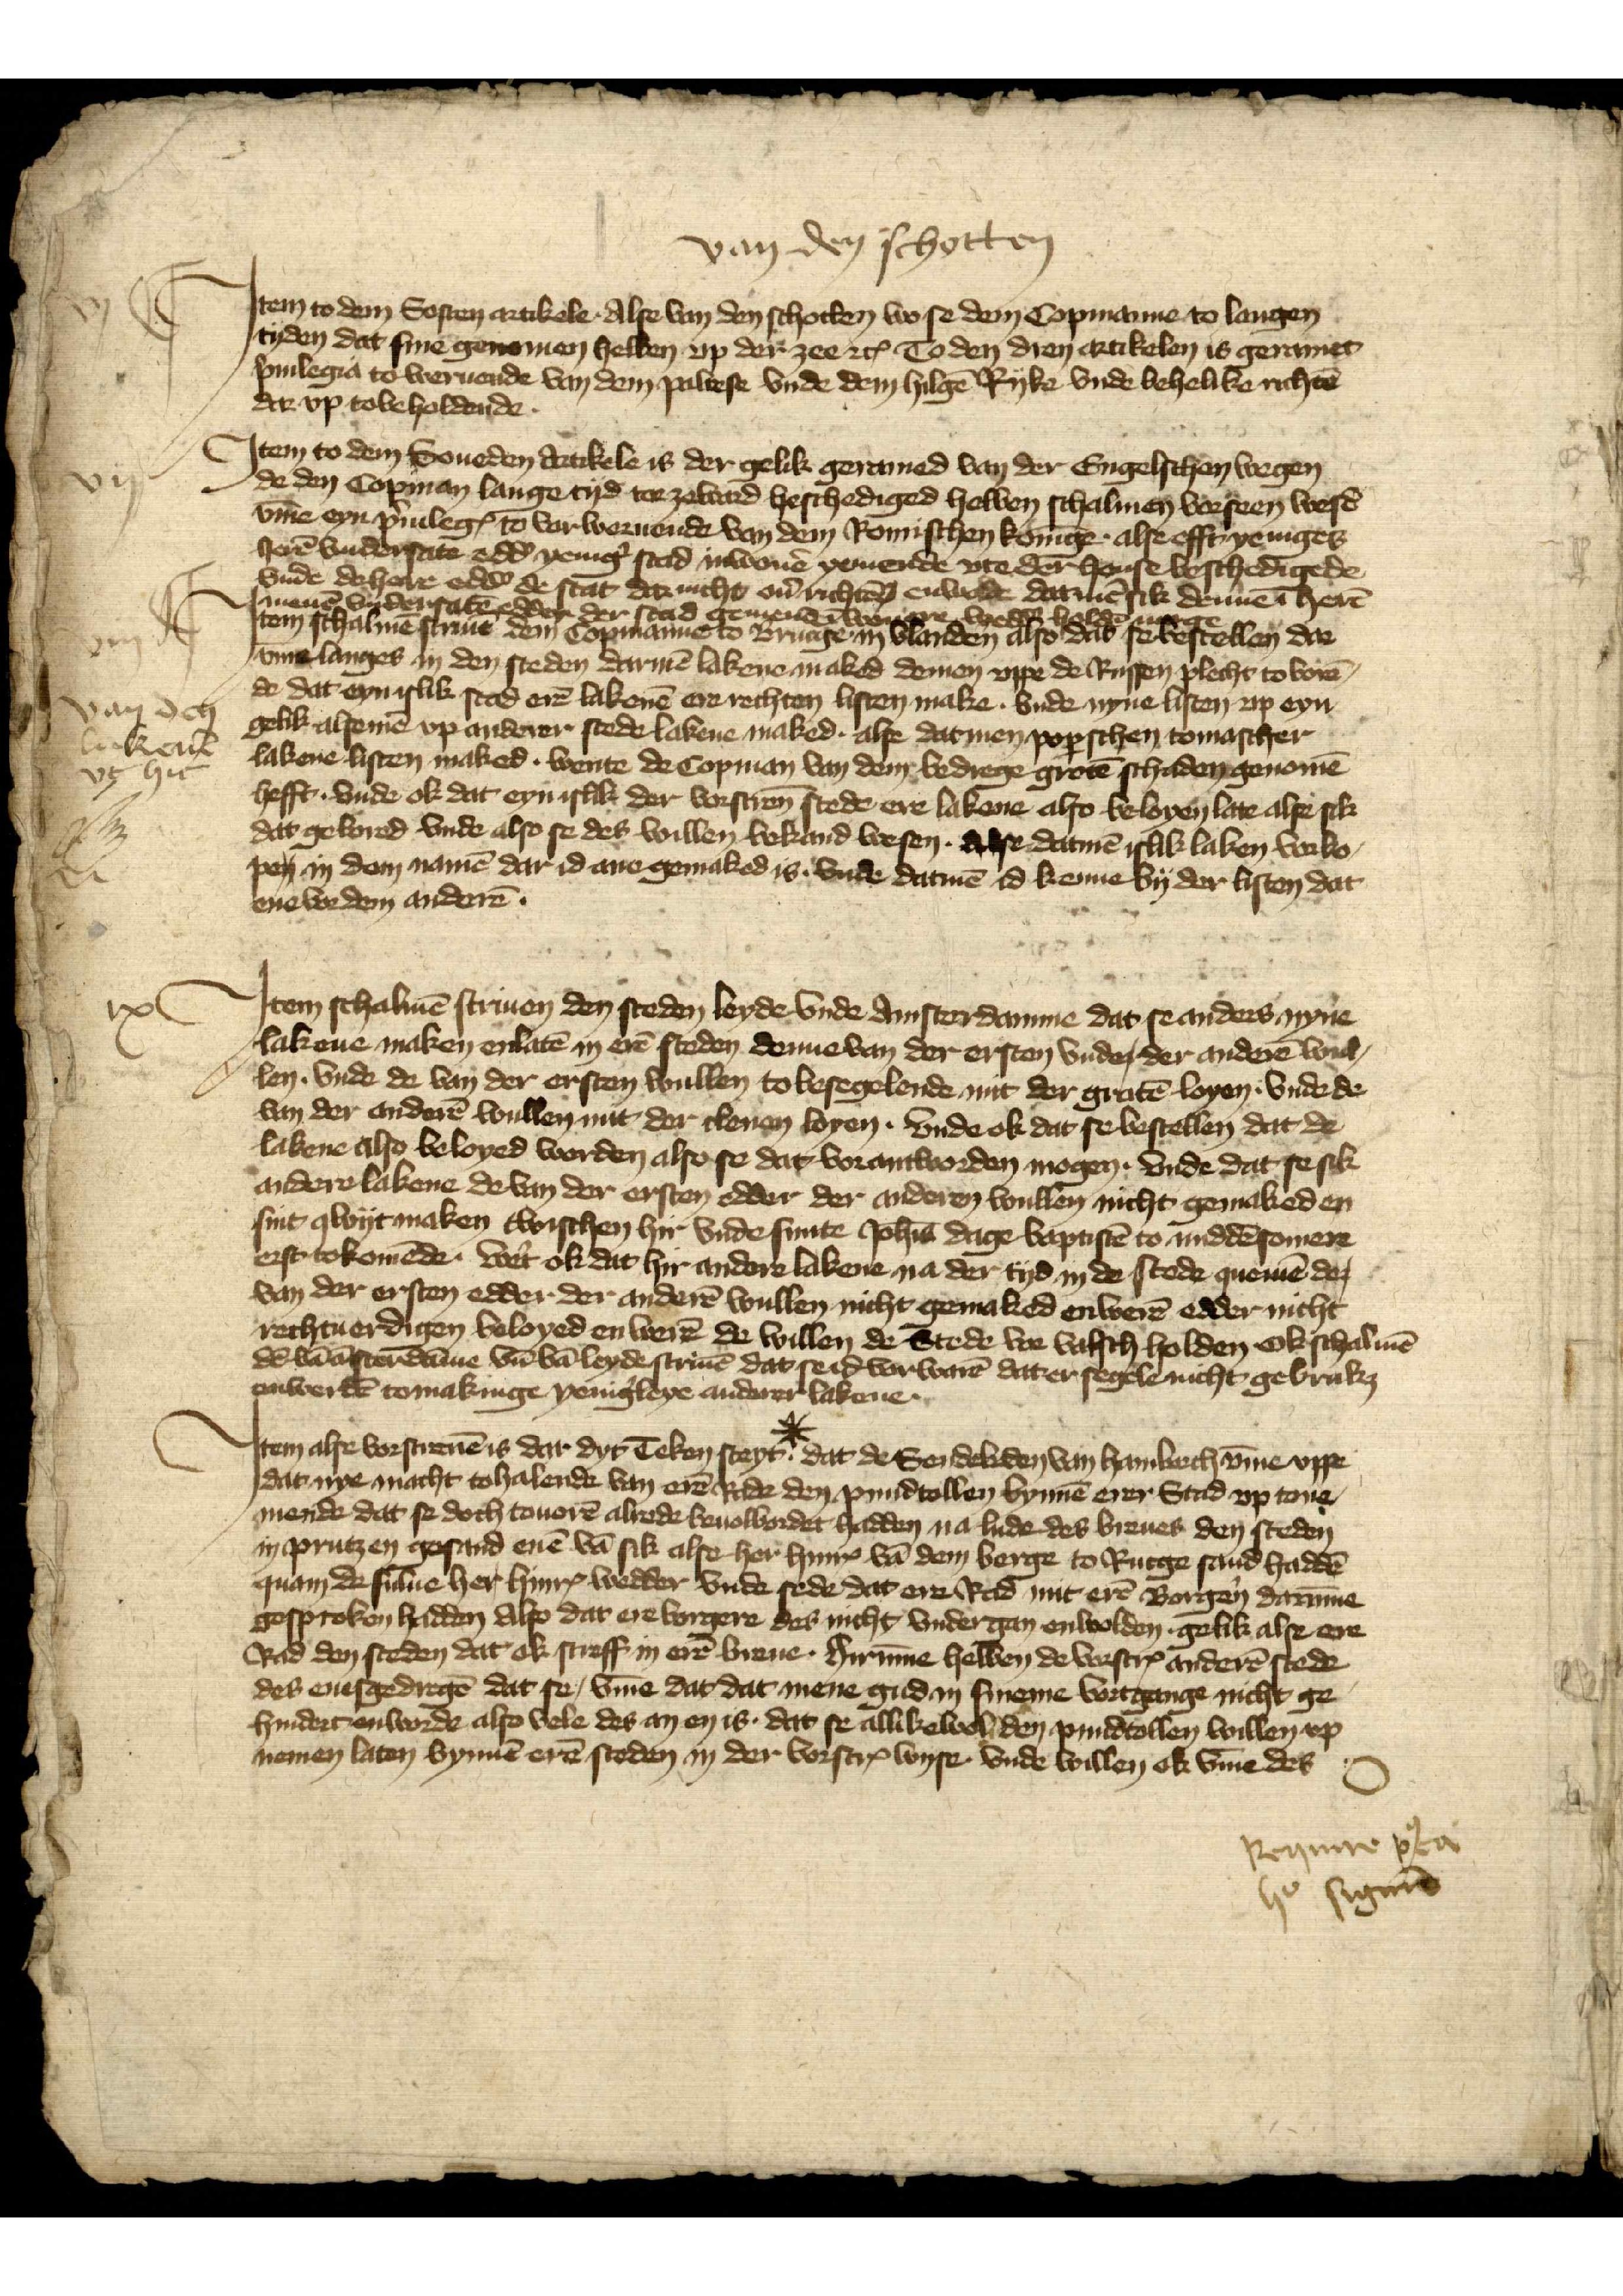
vj

vij

viij

van den schotten

ix

Jtem to dem Sosten artikele, Alse van den schotten wo se dem Copmanne to langen
tyden dat syne genomen hebben vp der zee etꝬ To den dren artikelen is geromet
 p̉uilegia to werende van dem Pawese vnde dem hilgē Ryke vnde behelike richtē
dar vp tobeholdende

Jtem schalmē scriuē dem Copmanne to Brucge in Vlanden also das se bestellen dar
Jtem to den Soueden Artikele is der gelik geramed van der Engelschen wegen
de den Copman lange tyd tor zeward beschediged hebben schalmen vorseen wesē
v̄me eyn p̉uilegꝬ to vorwenende van dem Romischen Konīge. Alse efft yeniges
herē vundersate edder yenig̉ stad inwonẻ yemende vte der hanse beschedigede
Gude de here edd̉ de stat dar nicht oủ richtē enwolde darmē sik denne ī herē
menē vndersatē edder der stad gemenē īwonere wedd̉ holdē moge

Jtem schalmē scriuē dem Copmanne to Brucge in Vlanden also das se bestellen dar
v̄melanges in den steden darmē lakene maked demen vppe de Russen plecht to vorē¬
de dat eyn islik stad erē lakenē ere rechten listen make. Vnde nyne listen vp eyn
gelik alsemē vp anderer stede lakene maked. Alse dat men poꝑschen tomascher
Gude de here edd̉ de stat dar nicht oủ richtē enwolde darmē sik denne ī herē
lakene listen maked. Wente de Copman van dem bedrege grotē schaden genomē
hefft vnde ok dat eyn islik der vorscrēn stede ere lakene also beloyen late alse sik
dat gebored vnde also se des willen bekand wesen. Alse datmē islik laken vorko¬
pen in den namē dar id ano gemaked is, vnde datmē id kenne by der listen dat
ene vor dem anderē.

van dem
lakenē
vt hic

Jtem schalmē scriuen den steden Leyde vnde Amsterdamme dat se anders nyne
lakene maken enlatē in erē steden deme van der ersten vnde der anderē wul¬
len. Vnde de van der ersten wullen to besegelende mit der grotē loyen. Vnde de
van der anderē willen mit dar clenen loyen vnde ok dat se bestellen dat de
lakene also beloyed worden also se dat vorantworden mogen. Vnde dat te sick
andere lakene de van dar ersten edder der anderen willen nicht gemaked en
sint qwyt maken twischen hyr vnde sinte Joh̄nis dage baptistē to middēsomere
erst tokomēde, wet̉ ok dat hir andere lakene na der tyd in de stede quemē dar
van dar ersten edder der anderē willen nicht gemaked enwerē edder nicht
rechtuerdigen beloyed en werē de willen de Stede vor valsch holden ok schalmē
dē vā Āsterdāme vn̄ vā leyde scriuē dat se id vorwarē dat er segele nicht gebrakꝬ
enwerdē tomakinge yenig̉leye anderer lakene.

Jtem alse vorscreuē is dar dyt Teken steyt dat de Sendeboden van Hamborch v̄me vppe
dat ny macht tohalende van erē Rade den pundtollen bynnē erer Stad vp tone¬
mende dat se doch touorē alrede beuolbordet hadden na lude des breues den steden
in prutzen gesand enē vā sik alse her HinrꝬ vā dem Berge to Rucge sand haddē
quam de sulue her HinrꝬ wedder vnde sede dat ere Rad mit erē Borgẻn darūme
gosproken hadden Also dat ere borgere des nicht vndergan enwolden gelik alse ere
Rad den steden dat ok screff in erē breue. Hirūme hebben de vorscrꝬ anderē stede
des enesgedregē dat se, v̄me dat dat mene gud in sineme vortgange nicht ge¬
hyndert enworde also vele des an en is. dat se allikewol den pundtollen willen vp
nenen laten bynnē erē steden in der vorscrꝬ wyse. vnde willen ok v̄me des

Reynne po̧ca
ho sigerad